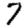
Digit: 7